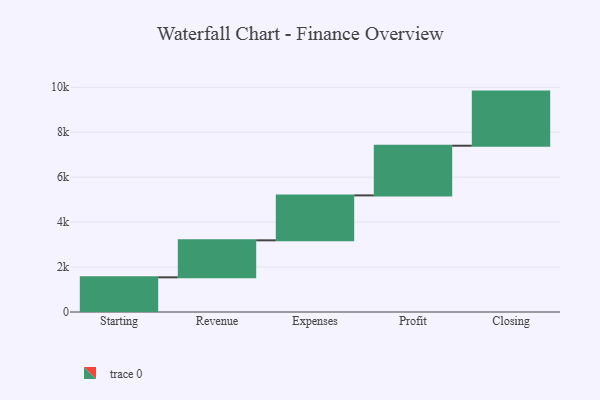
{"axis": {"x": "Step", "y": "Value"}, "legend": [""], "data": [{"x": "Starting", "y": 1543.0, "type": ""}, {"x": "Revenue", "y": 1647.0, "type": ""}, {"x": "Expenses", "y": 1999.0, "type": ""}, {"x": "Profit", "y": 2211.0, "type": ""}, {"x": "Closing", "y": 2408.0, "type": ""}]}